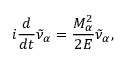
i { \frac { d } { d t } } \tilde { \nu } _ { \alpha } = { \frac { M _ { \alpha } ^ { 2 } } { 2 E } } \tilde { \nu } _ { \alpha } ,